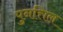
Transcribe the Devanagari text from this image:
पुनत्तिल